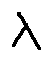
\lambda